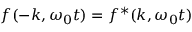
f ( - k , \omega _ { 0 } t ) = f ^ { * } ( k , \omega _ { 0 } t )